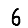
Digit: 6